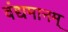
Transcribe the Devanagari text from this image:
वंद्यमानम्